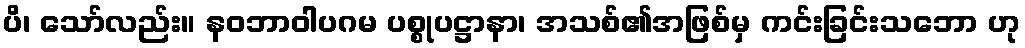
ပိ၊ သော်လည်း။ နဝဘာဝါပဂမ ပစ္စုပဋ္ဌာနာ၊ အသစ်၏အဖြစ်မှ ကင်းခြင်းသဘော ဟု